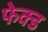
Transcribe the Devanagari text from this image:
फेक्ड